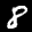
Label: 8